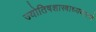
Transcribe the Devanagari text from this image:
ज्योतिषशास्त्राध्ययनाचे